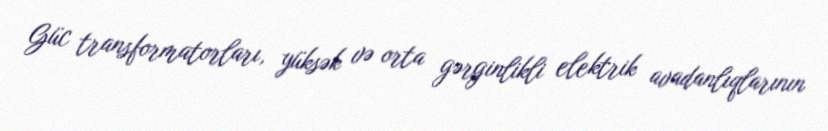
Güc transformatorları, yüksək və orta gərginlikli elektrik avadanlıqlarının